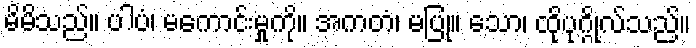
မိမိသည်။ ပါပံ၊ မကောင်းမှုကို။ အကတံ၊ မပြု။ သော၊ ထိုပုဂ္ဂိုလ်သည်။